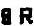
SR